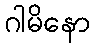
ဂါမိနော